Bombay plague: being a history of the progress of plague in the Bombay presidency from September 1896 to June 1899
Year: 1896
Disease focus: Plague
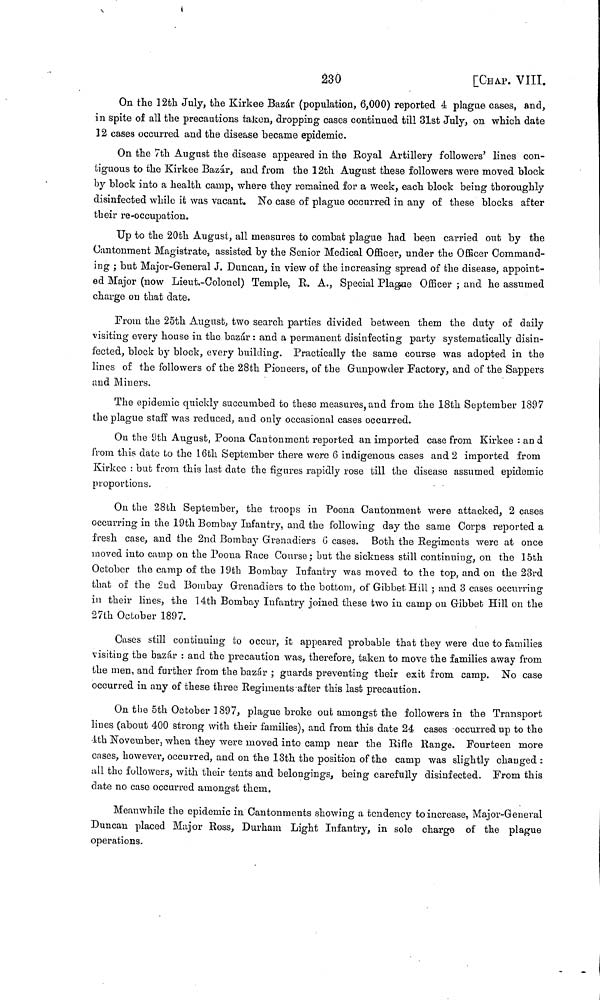
230
[CHAP. VIII.
On the 12th July, the Kirkee Bazar (population, 6,000) reported 4, plague cases, and,
in spite of all the precautions taken, dropping cases continued till 31st July, on which date
12 cases occurred and the disease became epidemic.
On the 7th August the disease appeared in the Royal Artillery followers' lines con-
tiguous to the Kirkee Bazar, and from the 12th August these followers were moved block
by block into a health camp, where they remained for a week, each block being thoroughly
disinfected while it was vacant. No case of plague occurred in any of these blocks after
their re-occupation.
Up to the 20th August, all measures to combat plague had been carried out by the
Cantonment Magistrate, assisted by the Senior Medical Officer, under the Officer Command-
ing ; but Major-General J. Duncan, in view of the increasing spread of the disease, appoint-
ed Major (now Lieut.-Colonel) Temple, R. Α., Special Plague Officer ; and he assumed
charge on that date.
From the 25th August, two search parties divided between them the duty of daily
visiting every house in the bazár : and a permanent disinfecting party systematically disin-
fected, block by block, every building. Practically the sanie course was adopted in the
lines of the followers of the 28th Pioneers, of the Gunpowder Factory, and of the Sappers
and Miners.
The epidemic quickly succumbed to these measures, and from the 18th September 1897
the plague staff was reduced, and only occasional cases occurred.
On the 9th August, Poona Cantonment reported an imported case from Kirkee : and
from this date to the 16th September there were 6 indigenous cases and 2 imported from
Kirkee : but from this last date the figures rapidly rose till the disease assumed epidemic
proportions.
On the 28th September, the troops in Poona Cantonment were attacked, 2 cases
occurring in the 19th Bombay Infantry, and the following day the same Corps reported a
fresh case, and the 2nd Bombay Grenadiers 6 cases. Both the Regiments were at once
moved into camp on the Poona Race Course ; but the sickness still continuing, on the 15th
October the camp of the 19th Bombay Infantry was moved to the top, and on the 23rd
that of the 2nd Bombay Grenadiers to the bottom, of Gibbet Hill ; and 3 cases occurring
in their lines, the 14th Bombay Infantry joined these two in camp on Gibbet Hill on the
27th October 1897.
Cases still continuing to occur, it appeared probable that they were due to families
visiting the bazar : and the precaution was, therefore, taken to move the families away from
the men, and further from the bazar ; guards preventing their exit from camp. No case
occurred in any of these three Regiments after this last precaution.
On the 5th October 1897, plague broke out amongst the followers in the Transport
lines (about 400 strong with their families), and from this date 24 cases Occurred up to the
4th November, when they were moved into camp near the Rifle Range. Fourteen more
cases, however, occurred, and on the 13th the position of the camp was slightly changed :
all the followers, with their tents and belongings, being carefully disinfected. From this
date no case occurred amongst them.
Meanwhile the epidemic in Cantonments showing a tendency to increase, Major-General
Duncan placed Major Ross, Durham Light Infantry, in sole charge of the plague
operations.